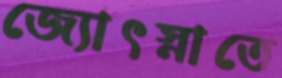
জ্যোৎস্নাতে